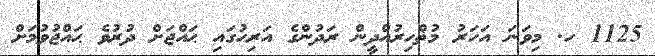
1125 ހ. މިވަނަ އަހަރު މުޡްހިރުއްދީން ރަދުންގެ އަރިހުގައި ޙައްޖަށް ދުރުވެ ޙައްޖުވުމަށް